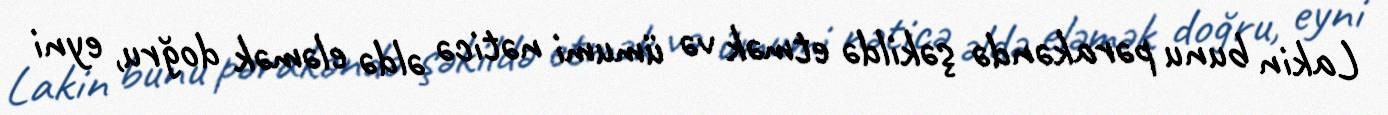
Lakin bunu pərakəndə şəkildə etmək və ümumi nəticə əldə eləmək doğru, eyni